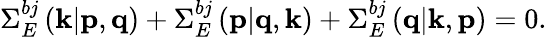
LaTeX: \Sigma_{E}^{bj}\left(\textit{\textbf{k}}|\textit{\textbf{p}},\textit{\textbf{q}}\right)+\Sigma_{E}^{bj}\left(\textit{\textbf{p}}|\textit{\textbf{q}},\textit{\textbf{k}}\right)+\Sigma_{E}^{bj}\left(\textit{\textbf{q}}|\textit{\textbf{k}},\textit{\textbf{p}}\right)=0.